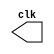
// ------------------------- 
// Exemplo0031  CLOCK
// Nome: Julio Miranda Machado
// ------------------------- 

// --------------------------- 
// -- test clock generator (1) 
// --------------------------- 
 
module clock ( clk ); 
 output clk; 
 reg      clk; 
 
 initial 
  begin 
   clk = 1'b0; 
  end 
 
 always 
  begin 
   #12 clk = ~clk; 
  end 
 
endmodule // clock ( ) 
 
module Exemplo0041; 
 
 wire  clk; 
 clock CLK1 ( clk ); 
 
 initial begin 
  $dumpfile ( "D:\Meus Documentos\Desktop\Guias\Guia 06\Exemplo041.vcd" ); 
  $dumpvars; 
 
  #120 $finish; 
 end 
 
endmodule // Exemplo041 ( )